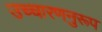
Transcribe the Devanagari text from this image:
उच्चारणनुरूप